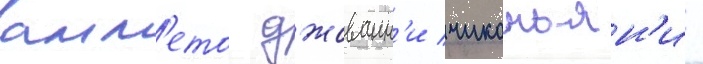
амл'ето джованн'и чиконьян'и -